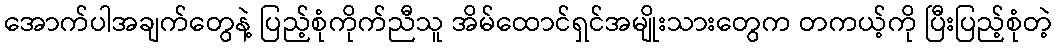
အောက်ပါအချက်တွေနဲ့ ပြည့်စုံကိုက်ညီသူ အိမ်ထောင်ရှင်အမျိုးသားတွေက တကယ့်ကို ပြီးပြည့်စုံတဲ့